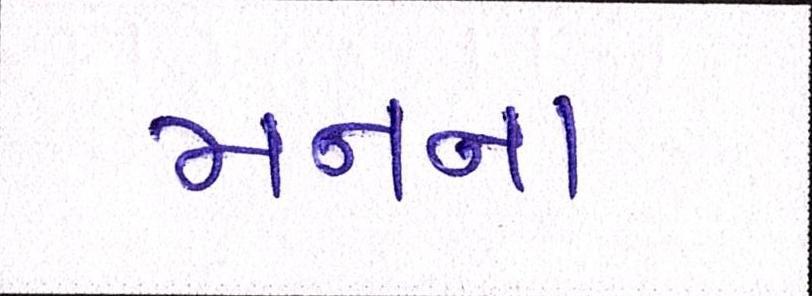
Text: મનના